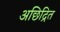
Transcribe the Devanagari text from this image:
अछिद्रित